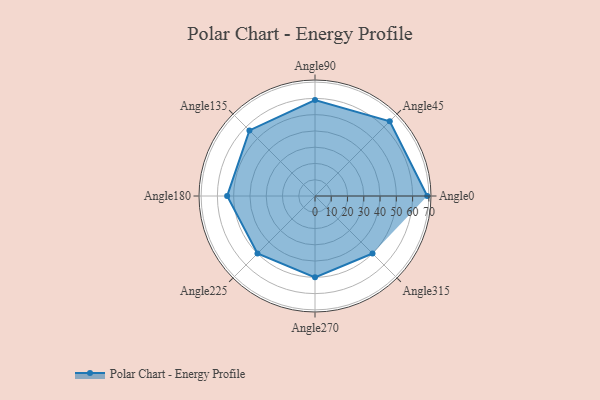
{"axis": {"x": "Angle", "y": "Radius"}, "legend": [""], "data": [{"x": "Angle0", "y": 69.0, "type": ""}, {"x": "Angle45", "y": 65.0, "type": ""}, {"x": "Angle90", "y": 59.0, "type": ""}, {"x": "Angle135", "y": 57.0, "type": ""}, {"x": "Angle180", "y": 54.0, "type": ""}, {"x": "Angle225", "y": 50, "type": ""}, {"x": "Angle270", "y": 50, "type": ""}, {"x": "Angle315", "y": 50, "type": ""}]}